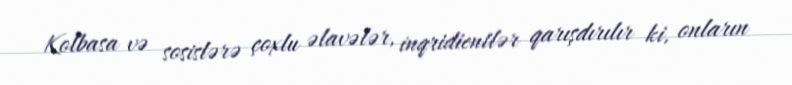
Kolbasa və sosislərə çoxlu əlavələr, inqridientlər qarışdırılır ki, onların